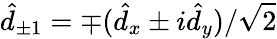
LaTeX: \hat{d}_{\pm 1}=\mp(\hat{d}_{x}\pm i\hat{d}_{y})/\sqrt{2}